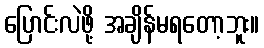
ပြောင်းလဲဖို့ အချိန်မရတော့ဘူး။